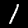
Label: 1